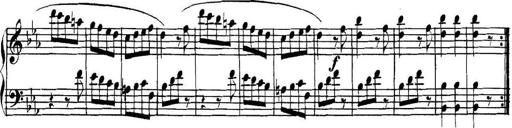
Title: Collected Piano Sonatas
Composer: Muzio Clementi